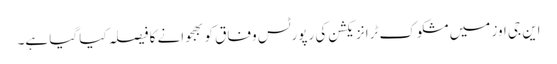
این جی اوز میں مشکوک ٹرانزیکشن کی رپورٹس وفاق کو بھجوانے کا فیصلہ کیا گیا ہے۔